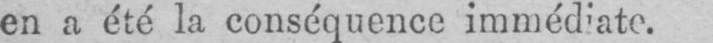
en a été la conséquence immédiate.